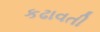
કઢાવતી